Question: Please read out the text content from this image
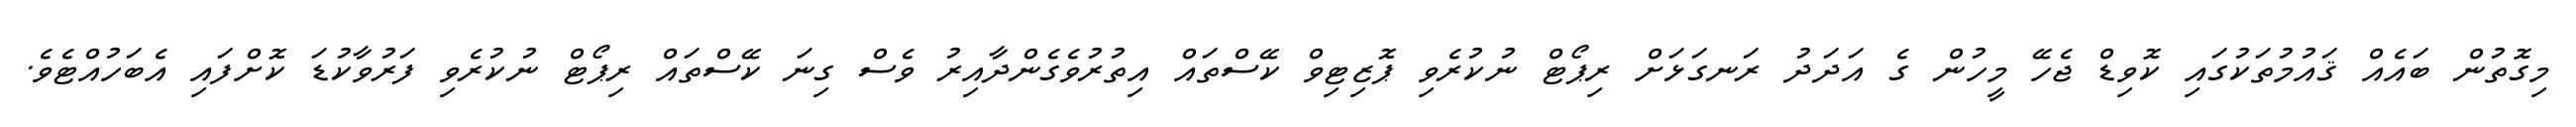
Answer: މިގޮތުން ބައެއް ޤައުމުތަކުގައި ކޮވިޑް ޖެހޭ މީހުން ގެ އަދަދު ރަނގަޅަށް ރިޕޯޓް ނުކުރެވި ޕޮޒިޓިވް ކޭސްތައް އިތުރުވެގެންދާއިރު ވެސް ގިނަ ކޭސްތައް ރިޕޯޓް ނުކުރެވި ފަރުވާކުޑަ ކޮށްފައި އެބަހުއްޓެވެ.